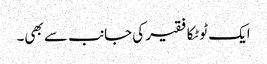
ایک ٹوٹکا فقیر کی جانب سے بھی۔